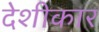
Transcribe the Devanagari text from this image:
देशीकार